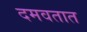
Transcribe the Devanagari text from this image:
दमवतात